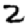
Digit: 2